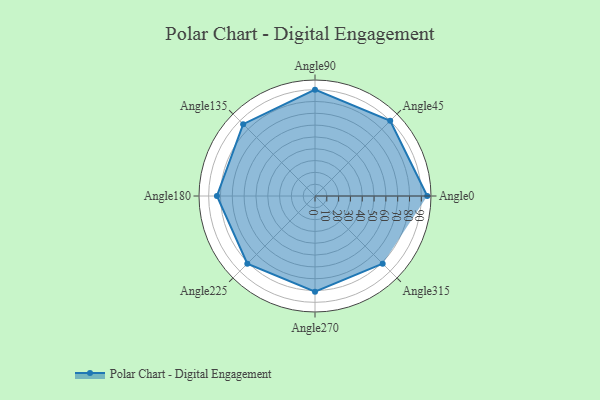
{"axis": {"x": "Angle", "y": "Radius"}, "legend": [""], "data": [{"x": "Angle0", "y": 95.0, "type": ""}, {"x": "Angle45", "y": 90.0, "type": ""}, {"x": "Angle90", "y": 90.0, "type": ""}, {"x": "Angle135", "y": 86.0, "type": ""}, {"x": "Angle180", "y": 83.0, "type": ""}, {"x": "Angle225", "y": 81.0, "type": ""}, {"x": "Angle270", "y": 81.0, "type": ""}, {"x": "Angle315", "y": 81.0, "type": ""}]}